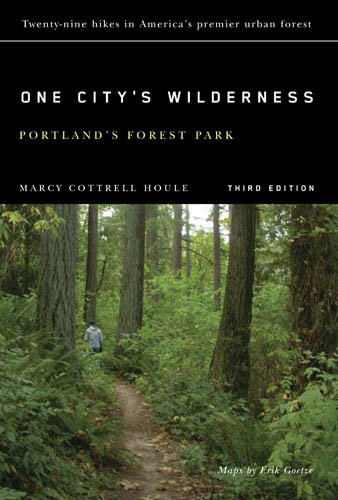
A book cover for One City's Wilderness: Portland's Forest Park, 3rd edition; Marcy Cottrell Houle; Travel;